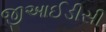
જીઆઈડીસી